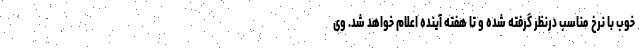
خوب با نرخ مناسب درنظر گرفته شده و تا هفته آینده اعلام خواهد شد. وی